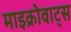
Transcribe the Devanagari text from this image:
माइक्रोवाट्स